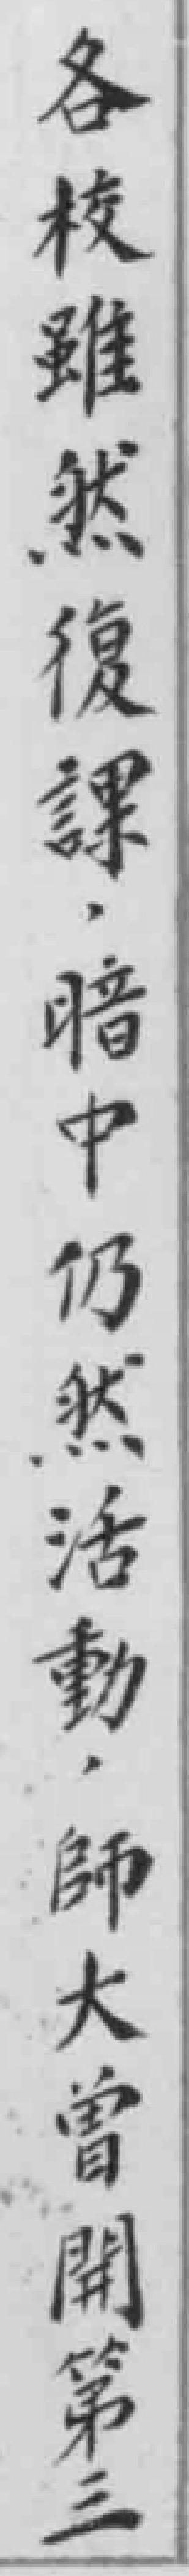
各枝雖然復課，暗中仍然活動，師大曾開第三